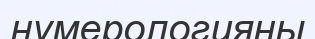
нумерологияны